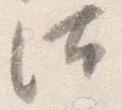
汰